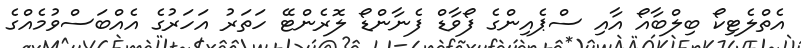
އެތްލެޓިކޯ ބިލްބާއޯ އާއި ސްޕެއިންގެ ފޯވާޑް ފެނާންޑޯ ލޮރެންޓޭ ހަތަރު އަހަރުގެ އެއްބަސްވުމެއްގެ